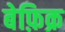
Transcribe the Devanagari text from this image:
बेफ़िक्र